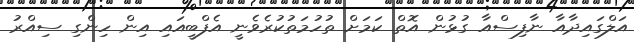
އަލްގައިދާއާ ނާފިސްއާ ގުޅުން އޮތް ކަމަށް ތުހުމަތުކުރެވެނީ އެފްބީއައި އިން ހިންގި ސިއްރު